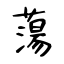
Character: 蕩